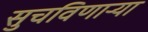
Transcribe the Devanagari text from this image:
सुचविणाऱ्या